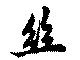
糸